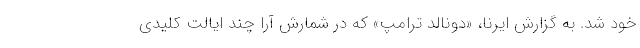
خود شد. به گزارش ایرنا، «دونالد ترامپ» که در شمارش آرا چند ایالت کلیدی